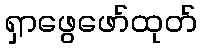
ရှာဖွေဖော်ထုတ်